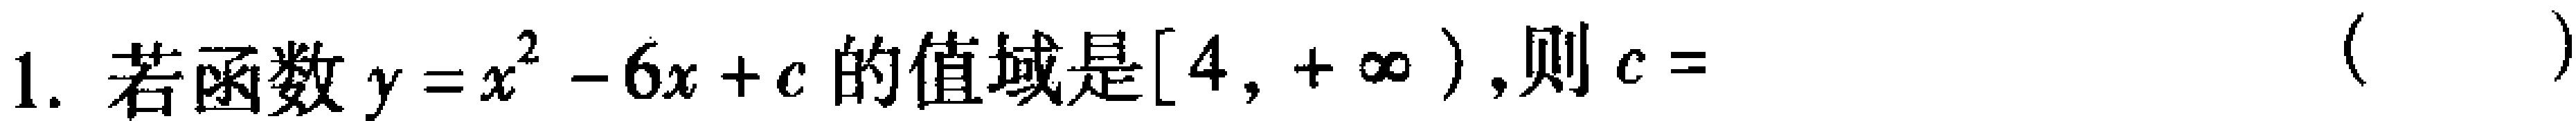
1. 若函数$y = x^{2}-6x + c$的值域是$[4,+\infty)$，则$c =$ （  ）